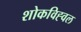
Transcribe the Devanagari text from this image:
शोकविह्वल